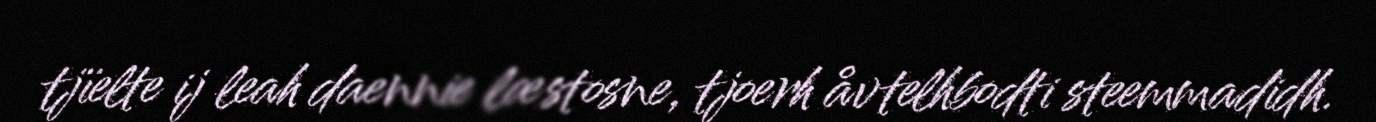
tjïelte ij leah daennie læstosne, tjoerh åvtelhbodti steemmadidh.